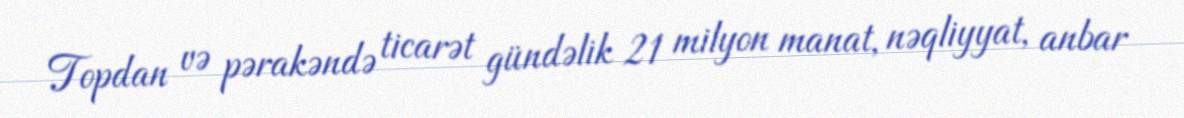
Topdan və pərakəndə ticarət gündəlik 21 milyon manat, nəqliyyat, anbar